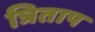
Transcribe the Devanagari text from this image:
त्रिताप